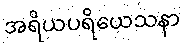
အရိယပရိယေသနာ